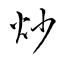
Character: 炒